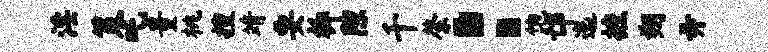
淫策吒量桃搜靖要柝隙千綮：饱邙迤摭朔弄